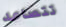
تتصاعد